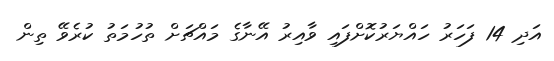
އަދި 14 ފަހަރު ހައްޔަރުކޮށްފައި ވާއިރު އޭނާގެ މައްޗަށް ތުހުމަތު ކުރެވޭ ތިން